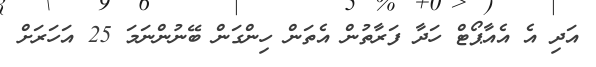
އަދި އެ އެއާޕޯޓް ހަދާ ފަރާތުން އެތަން ހިންގަން ބޭނުންނަމަ 25 އަހަރަށް